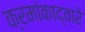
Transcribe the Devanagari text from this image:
क्रमांकाद्वारे